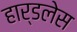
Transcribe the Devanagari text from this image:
हार्डलेस